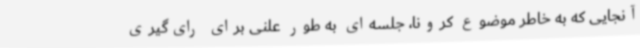
آنجایی که به خاطر موضوع کرونا، جلسه‌ای به طور علنی برای رای‌گیری